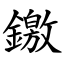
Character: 䥞